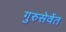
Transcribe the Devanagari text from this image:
गुरुसेवेंत